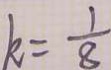
k = \frac { 1 } { 8 }